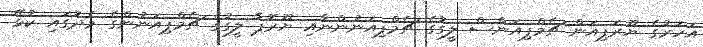
އަހަރުގެ ޔޫރަޕިއަން ޗެމްޕިއަންސް ލީގުގެ ޗެމްޕިއަނުންނާއި ޔޫރޮޕާ ލީގުގެ ޗެމްޕިއަނުންގެ މެދުގައި ކުޅޭ